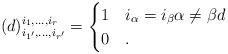
LaTeX: \begin{align*}(d)^{i_1, \dots, i_r}_{i_{1'}, \dots, i_{r'}} = \begin{cases} 1 & i_\alpha = i_\beta \alpha \ne \beta d\\ 0 & .\end{cases}\end{align*}